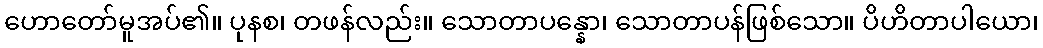
ဟောတော်မူအပ်၏။ ပုနစ၊ တဖန်လည်း။ သောတာပန္နော၊ သောတာပန်ဖြစ်သော။ ပိဟိတာပါယော၊